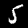
Label: 5